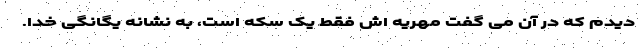
دیدم که در آن می گفت مهریه اش فقط یک سکه است، به نشانه یگانگی خدا.